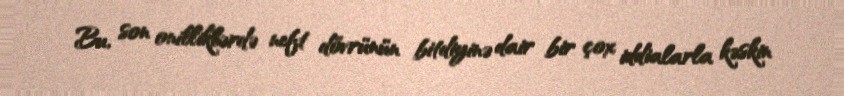
Bu, son onilliklərdə neft dövrünün bitdiyinə dair bir çox iddialarla kəskin